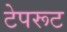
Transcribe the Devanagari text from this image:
टेपरूट